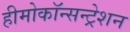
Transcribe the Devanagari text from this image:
हीमोकॉन्सन्ट्रेशन